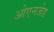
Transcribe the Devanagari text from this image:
ओएनजेड